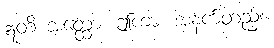
ဣတိ အတ္ထော၊ ဤကား အနက်တည်း။